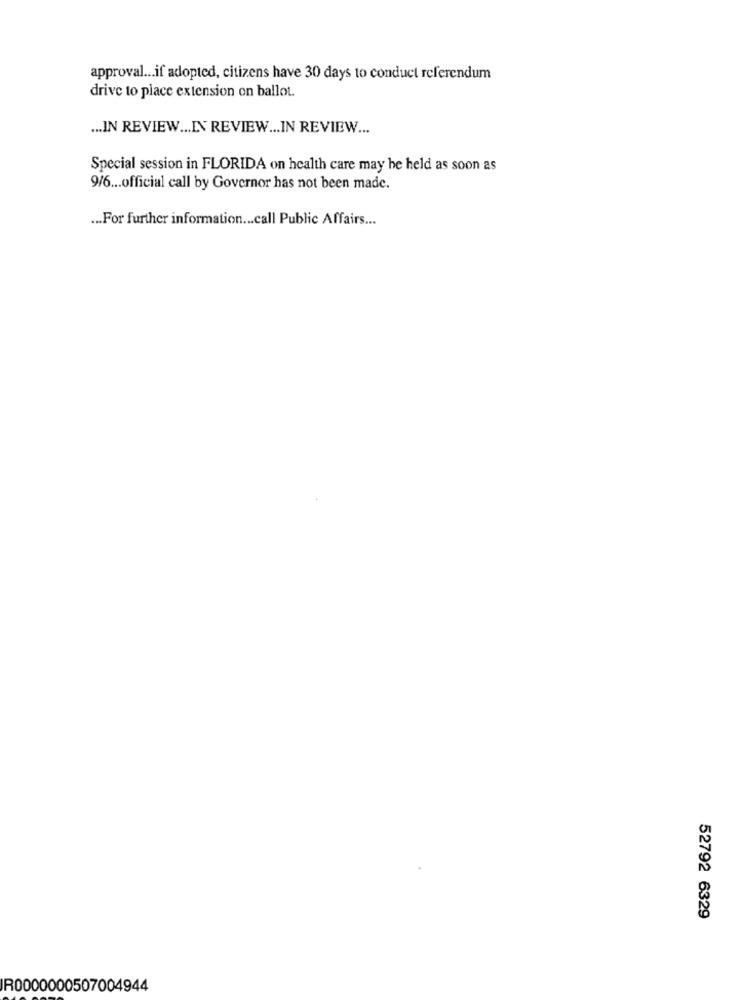
approval ... if adopted, citizens have 30 days to conduct referendum
drive to place extension on ballot.
... IN REVIEW ... IN REVIEW ... IN REVIEW ...
Special session in FLORIDA on health care may be held as soon as
9/6 ... official call by Governor has not been made.
... For further information ... call Public Affairs ...
52792 6329
R0000000507004944